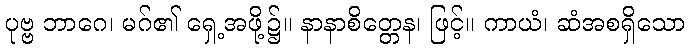
ပုဗ္ဗ ဘာဂေ၊ မဂ်၏ ရှေ့အဖို့၌။ နာနာစိတ္တေန၊ ဖြင့်။ ကာယံ၊ ဆံအစရှိသော